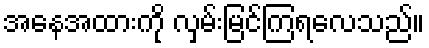
အနေအထားကို လှမ်းမြင်ကြရလေသည်။